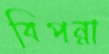
বিপন্না